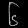
Digit: ၆